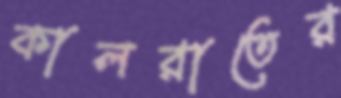
কালরাতের